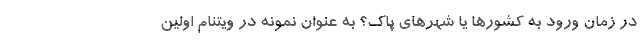
در زمان ورود به کشورها یا شهرهای پاک؟ به عنوان نمونه در ویتنام اولین